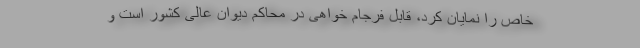
خاص را نمایان کرد، قابل فرجام خواهی در محاکم دیوان عالی کشور است و